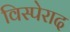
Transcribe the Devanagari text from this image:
विस्पेराद